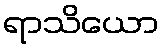
ရာသိယော